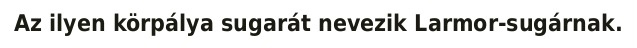
Az ilyen körpálya sugarát nevezik Larmor-sugárnak.